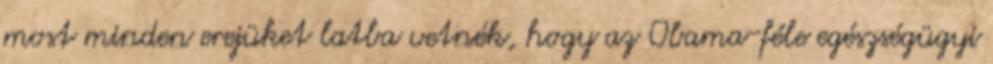
most minden erejüket latba vetnék, hogy az Obama-féle egészségügyi